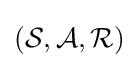
{\textstyle ({\mathcal {S}},{\mathcal {A}},{\mathcal {R}})}